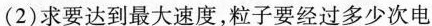
(2)求要达到最大速度，粒子要经过多少次电